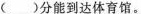
()分能到达体育馆。